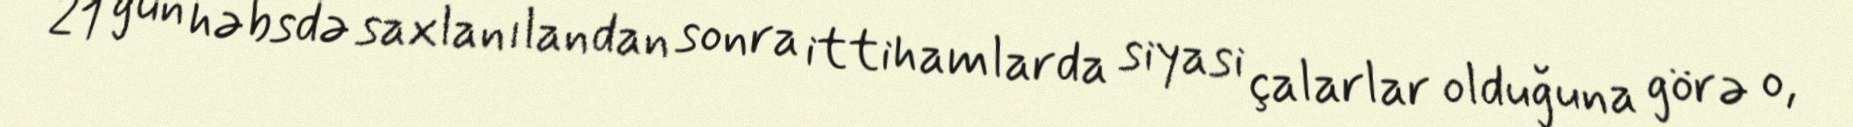
21 gün həbsdə saxlanılandan sonra ittihamlarda siyasi çalarlar olduğuna görə o,